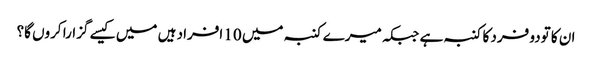
ان کا تودو فرد کا کنبہ ہے جبکہ میرے کنبہ میں 10 افراد ہیں میں کیسے گزارا کروں گا؟